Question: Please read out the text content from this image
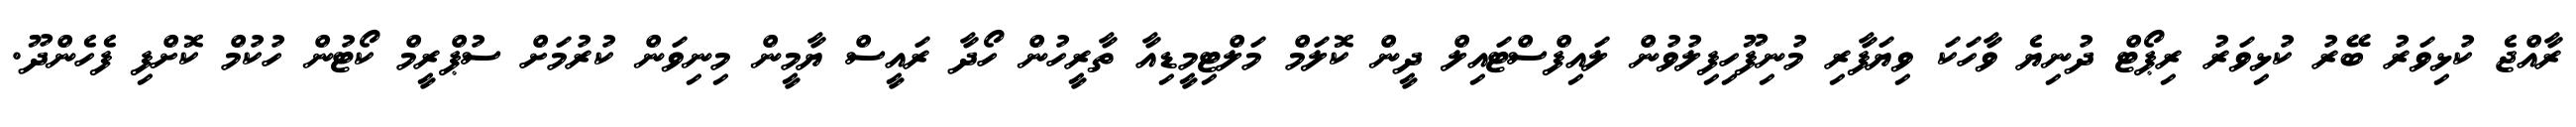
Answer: ރާއްޖެ ކުޅިވަރު ބޭރު ކުޅިވަރު ރިޕޯޓް ދުނިޔެ ވާހަކަ ވިޔަފާރި މުނިފޫހިފިލުވުން ލައިފްސްޓައިލް ދީން ކޮލަމް މަލްޓިމީޑިއާ ތާރީހުން ހޯދާ ރައީސް ޔާމީން މިނިވަން ކުރުމަށް ސުޕްރީމް ކޯޓުން ހުކުމް ކޮށްފި ފެހެންދޫ.